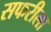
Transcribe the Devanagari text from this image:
सफरीला